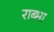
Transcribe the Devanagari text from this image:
राब्भा